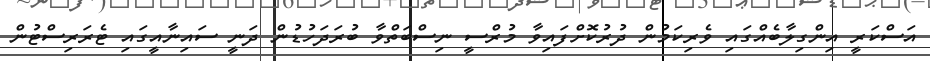
އަސްކަރީ އިންގިލާބެއްގައި ވެރިކަމުން ދުރުކޮށްފައިވާ މުރްސީ ނިސްބަތްވާ ބުރަދަހުޑުން ދަނީ ސައިނާއީގައި ޓެރަރިސްޓުން